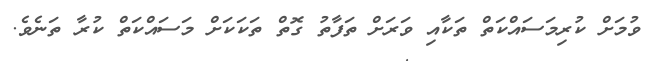
ވުމަށް ކުރިމަސައްކަތް ތަކާއި ވަރަށް ތަފާތު ގޮތް ތަކަކަށް މަސައްކަތް ކުރާ ތަނެވެ.